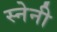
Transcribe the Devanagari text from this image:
स्नेनी